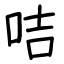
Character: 咭